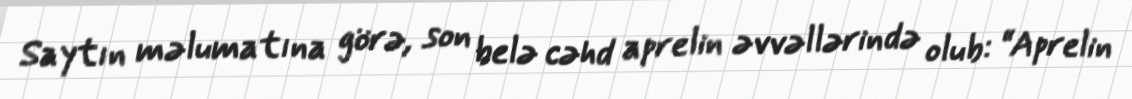
Saytın məlumatına görə, son belə cəhd aprelin əvvəllərində olub: “Aprelin